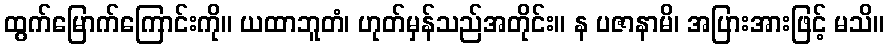
ထွက်မြောက်ကြောင်းကို။ ယထာဘူတံ၊ ဟုတ်မှန်သည်အတိုင်း။ န ပဇာနာမိ၊ အပြားအားဖြင့် မသိ။